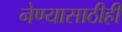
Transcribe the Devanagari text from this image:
नेण्यासाठीही